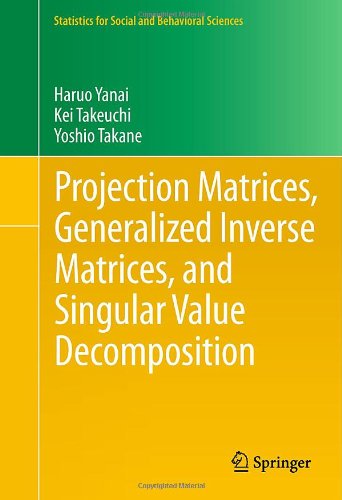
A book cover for Projection Matrices, Generalized Inverse Matrices, and Singular Value Decomposition (Statistics for Social and Behavioral Sciences); Haruo Yanai; Science & Math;